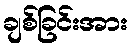
ချစ်ခြင်းအား